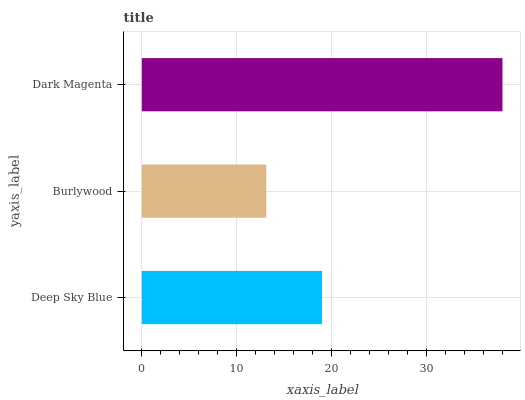
| yaxis_label | bars |
 | --- | --- |
 | Deep Sky Blue | 19 |
 | Burlywood | 13.1 |
 | Dark Magenta | 38 |